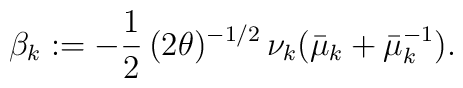
\beta_k:=-\frac{1}{2}\,(2\theta)^{-1/2}\,\nu_k(\bar{\mu}_k+\bar{\mu}_k^{-1}).